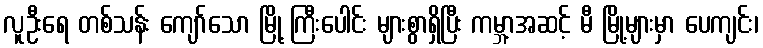
လူဦးရေ တစ်သန်း ကျော်သော မြို့ ကြီးပေါင်း များစွာရှိပြီး ကမ္ဘာ့အဆင့် မီ မြို့များမှာ ပေကျင်း၊